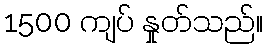
1500 ကျပ် နှုတ်သည်။